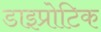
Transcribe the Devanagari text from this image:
डाइप्रोटिक